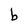
Character: b